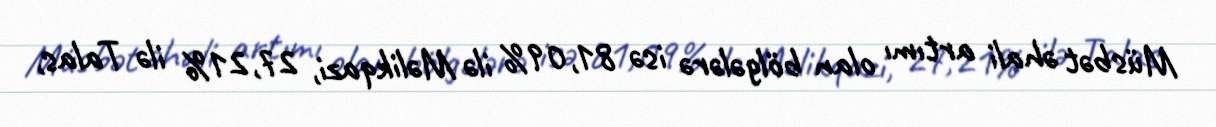
Müsbət əhali artımı olan bölgələrə isə 81,09% ilə Məlikqazi, 27,21% ilə Talas,